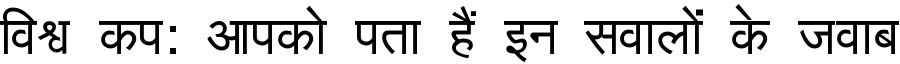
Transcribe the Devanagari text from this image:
विश्व कप: आपको पता हैं इन सवालों के जवाब